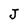
Character: J